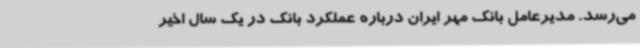
می‌رسد. مدیرعامل بانک مهر ایران درباره عملکرد بانک در یک سال اخیر